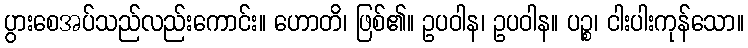
ပွားစေအပ်သည်လည်းကောင်း။ ဟောတိ၊ ဖြစ်၏။ ဥပဝါန၊ ဥပဝါန။ ပဉ္စ၊ ငါးပါးကုန်သော။